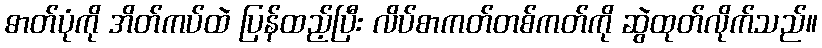
ဓာတ်ပုံကို အိတ်ကပ်ထဲ ပြန်ထည့်ပြီး လိပ်စာကတ်တစ်ကတ်ကို ဆွဲထုတ်လိုက်သည်။